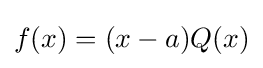
f(x)=(x-a)Q(x)